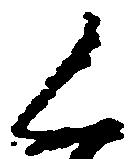
く